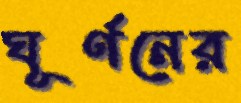
ঘূর্ণনের